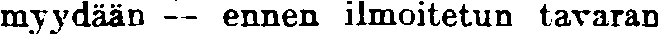
myydään — ennen ilmoitetun tavaran